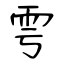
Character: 雩